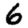
Digit: 6